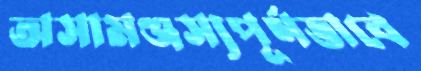
অসামঞ্জস্যপূর্ণভাবে